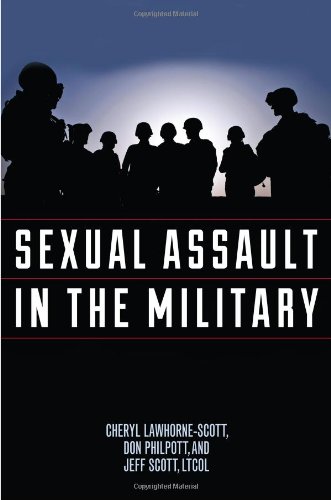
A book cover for Sexual Assault in the Military: A Guide for Victims and Families (Military Life); Cheryl Lawhorne-Scott; History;